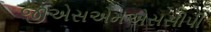
જીએસએમએસસીપી